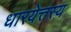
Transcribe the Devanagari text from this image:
धारयेत्तस्य